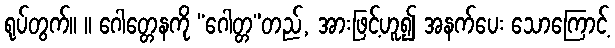
ရုပ်တွက်။ ။ ဂေါတ္တေနကို “ဂေါတ္တ”တည်, အားဖြင့်ဟူ၍ အနက်ပေး သောကြောင့်